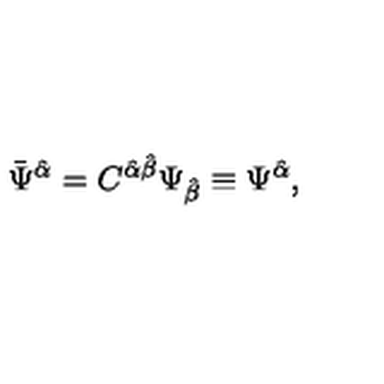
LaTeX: \bar { \Psi } ^ { \hat { \alpha } } = C ^ { \hat { \alpha } \hat { \beta } } \Psi _ { \hat { \beta } } \equiv \Psi ^ { \hat { \alpha } } ,